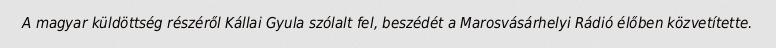
A magyar küldöttség részéről Kállai Gyula szólalt fel, beszédét a Marosvásárhelyi Rádió élőben közvetítette.